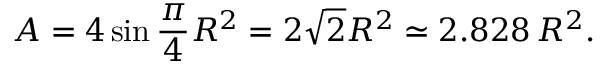
A = 4 \sin { \frac { \pi } { 4 } } R ^ { 2 } = 2 { \sqrt { 2 } } R ^ { 2 } \simeq 2 . 8 2 8 \, R ^ { 2 } .